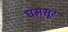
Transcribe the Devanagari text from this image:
घमसूर